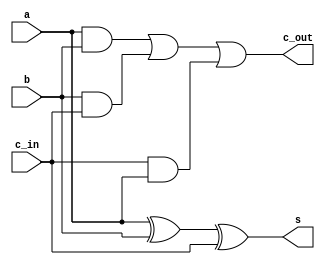
`timescale 1ns / 1ps
//////////////////////////////////////////////////////////////////////////////////
// Company: 
// Engineer: 
// 
// Design Name: 
// Module Name: FA
// Project Name: 
// Target Devices: 
// Tool Versions: 
// Description: 
// 
// Dependencies: 
// 
// Revision:
// Revision 0.01 - File Created
// Additional Comments:
// 
//////////////////////////////////////////////////////////////////////////////////


(* keep_hierarchy = "yes" *) module FA(a, b, c_in, s, c_out);
    input c_in, a, b;
    output c_out, s;
    
    assign s = a ^ b ^ c_in;
    assign c_out = (a & b) | (b & c_in) | (c_in & a);
    
endmodule